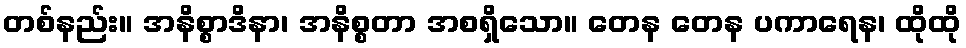
တစ်နည်း။ အနိစ္စာဒိနာ၊ အနိစ္စတာ အစရှိသော။ တေန တေန ပကာရေန၊ ထိုထို